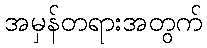
အမှန်တရားအတွက်